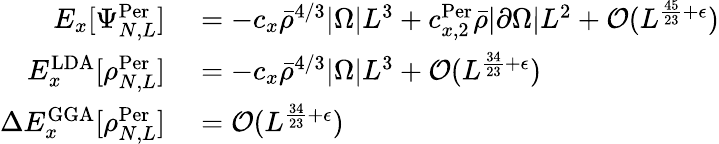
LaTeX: \begin{array}{rl}{E_{x}[\Psi_{N,L}^{\textnormal{Per}}]}&{{}=-c_{x}\bar{\rho}^{4/3}|\Omega|L^{3}+c_{x,2}^{\textnormal{Per}}\bar{\rho}|\partial\Omega|L^{2}+\mathcal{O}(L^{\frac{45}{23}+\epsilon})}\\ {E_{x}^{\mathrm{LDA}}[\rho_{N,L}^{\textnormal{Per}}]}&{{}=-c_{x}\bar{\rho}^{4/3}|\Omega|L^{3}+\mathcal{O}(L^{\frac{34}{23}+\epsilon})}\\ {\Delta E_{x}^{\mathrm{GGA}}[\rho_{N,L}^{\textnormal{Per}}]}&{{}=\mathcal{O}(L^{\frac{34}{23}+\epsilon})}\end{array}